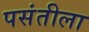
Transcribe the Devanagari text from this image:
पसंतीला